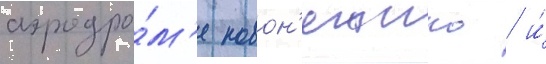
аэродро́м'е новон'ежино / и́